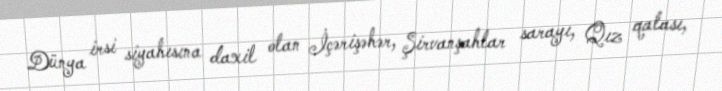
Dünya irsi siyahısına daxil olan İçərişəhər, Şirvanşahlar sarayı, Qız qalası,